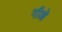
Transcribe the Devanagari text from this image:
गौंओ